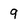
Character: 9